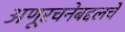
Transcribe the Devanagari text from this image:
अणूरचनेबद्दलचे